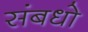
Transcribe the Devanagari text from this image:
संबधो